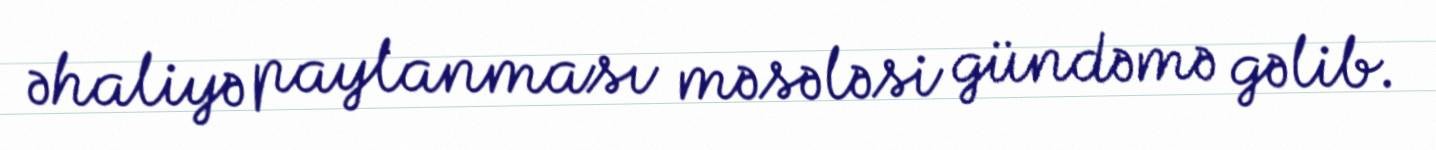
əhaliyə paylanması məsələsi gündəmə gəlib.